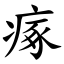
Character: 瘃